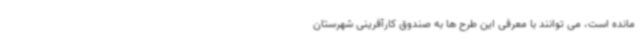
مانده است، می توانند با معرفی این طرح ها به صندوق کارآفرینی شهرستان